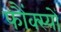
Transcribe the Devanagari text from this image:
फौंक्स्यों